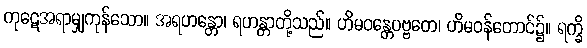
ကုဋေအရာမျှကုန်သော။ အရဟန္တော၊ ရဟန္တာတို့သည်။ ဟိမဝန္တေပဗ္ဗတေ၊ ဟိမဝန်တောင်၌။ ရက္ခိ